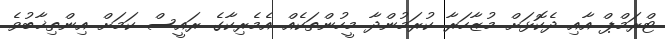
ޓްރަމްޕް އާއި ދެކޮޅަށް މުޒާހަރާ ކުރަމުންދާ މީހުންތަކެއް އެމެރިކާގެ ރައީސް ކަމަށް އިންތިޚާބުވެ